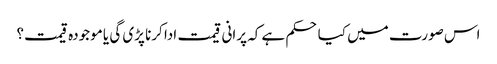
اس صورت میں کیا حکم ہے کہ پرانی قیمت ادا کرنا پڑی گی یا موجودہ قیمت؟